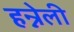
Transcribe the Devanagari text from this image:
हन्नेली